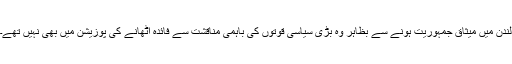
لندن میں میثاق جمہوریت ہونے سے بظاہر وہ بڑی سیاسی قوتوں کی باہمی مناقشت سے فائدہ اٹھانے کی پوزیشن میں بھی نہیں تھے۔